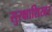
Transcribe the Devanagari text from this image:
सुरक्षाशिखर